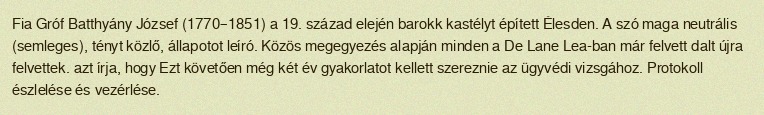
Fia Gróf Batthyány József (1770–1851) a 19. század elején barokk kastélyt épített Élesden. A szó maga neutrális (semleges), tényt közlő, állapotot leíró. Közös megegyezés alapján minden a De Lane Lea-ban már felvett dalt újra felvettek. azt írja, hogy Ezt követően még két év gyakorlatot kellett szereznie az ügyvédi vizsgához. Protokoll észlelése és vezérlése.